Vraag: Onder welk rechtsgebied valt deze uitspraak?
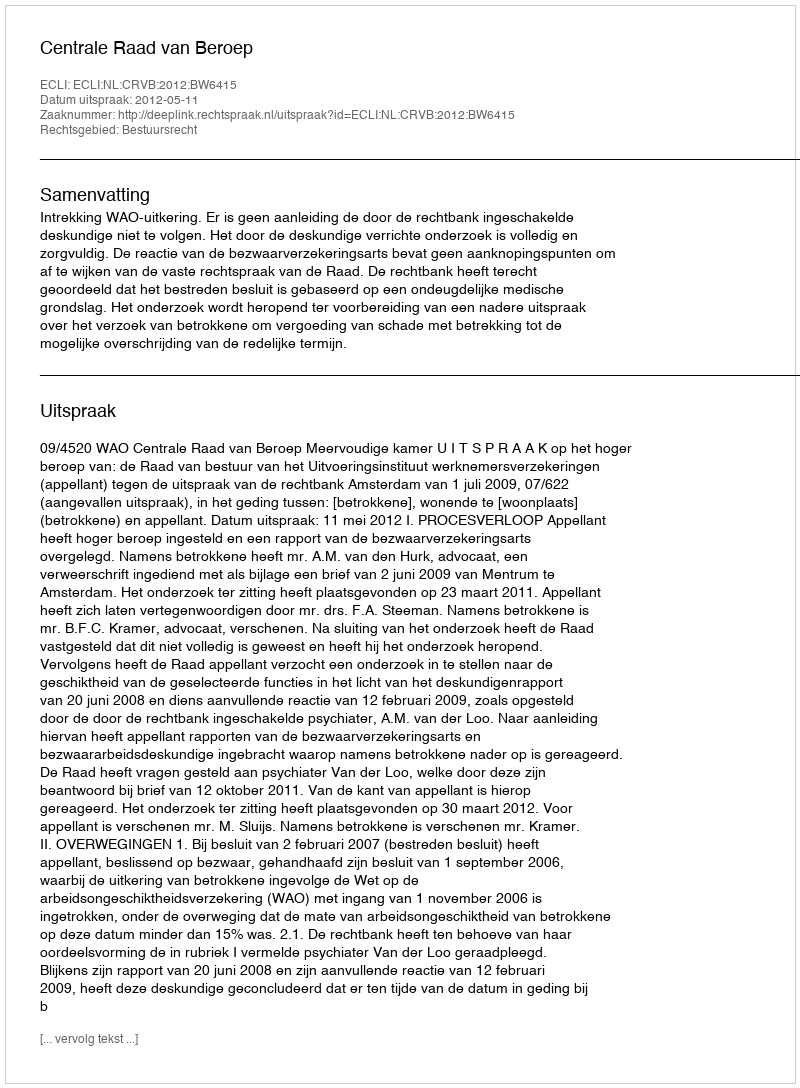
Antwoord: Bestuursrecht